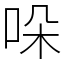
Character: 哚